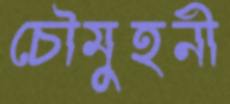
চৌমুহনী